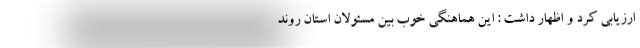
ارزیابی کرد و اظهار داشت : این هماهنگی خوب بین مسئولان استان روند